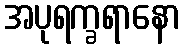
အပုရက္ခရာနော